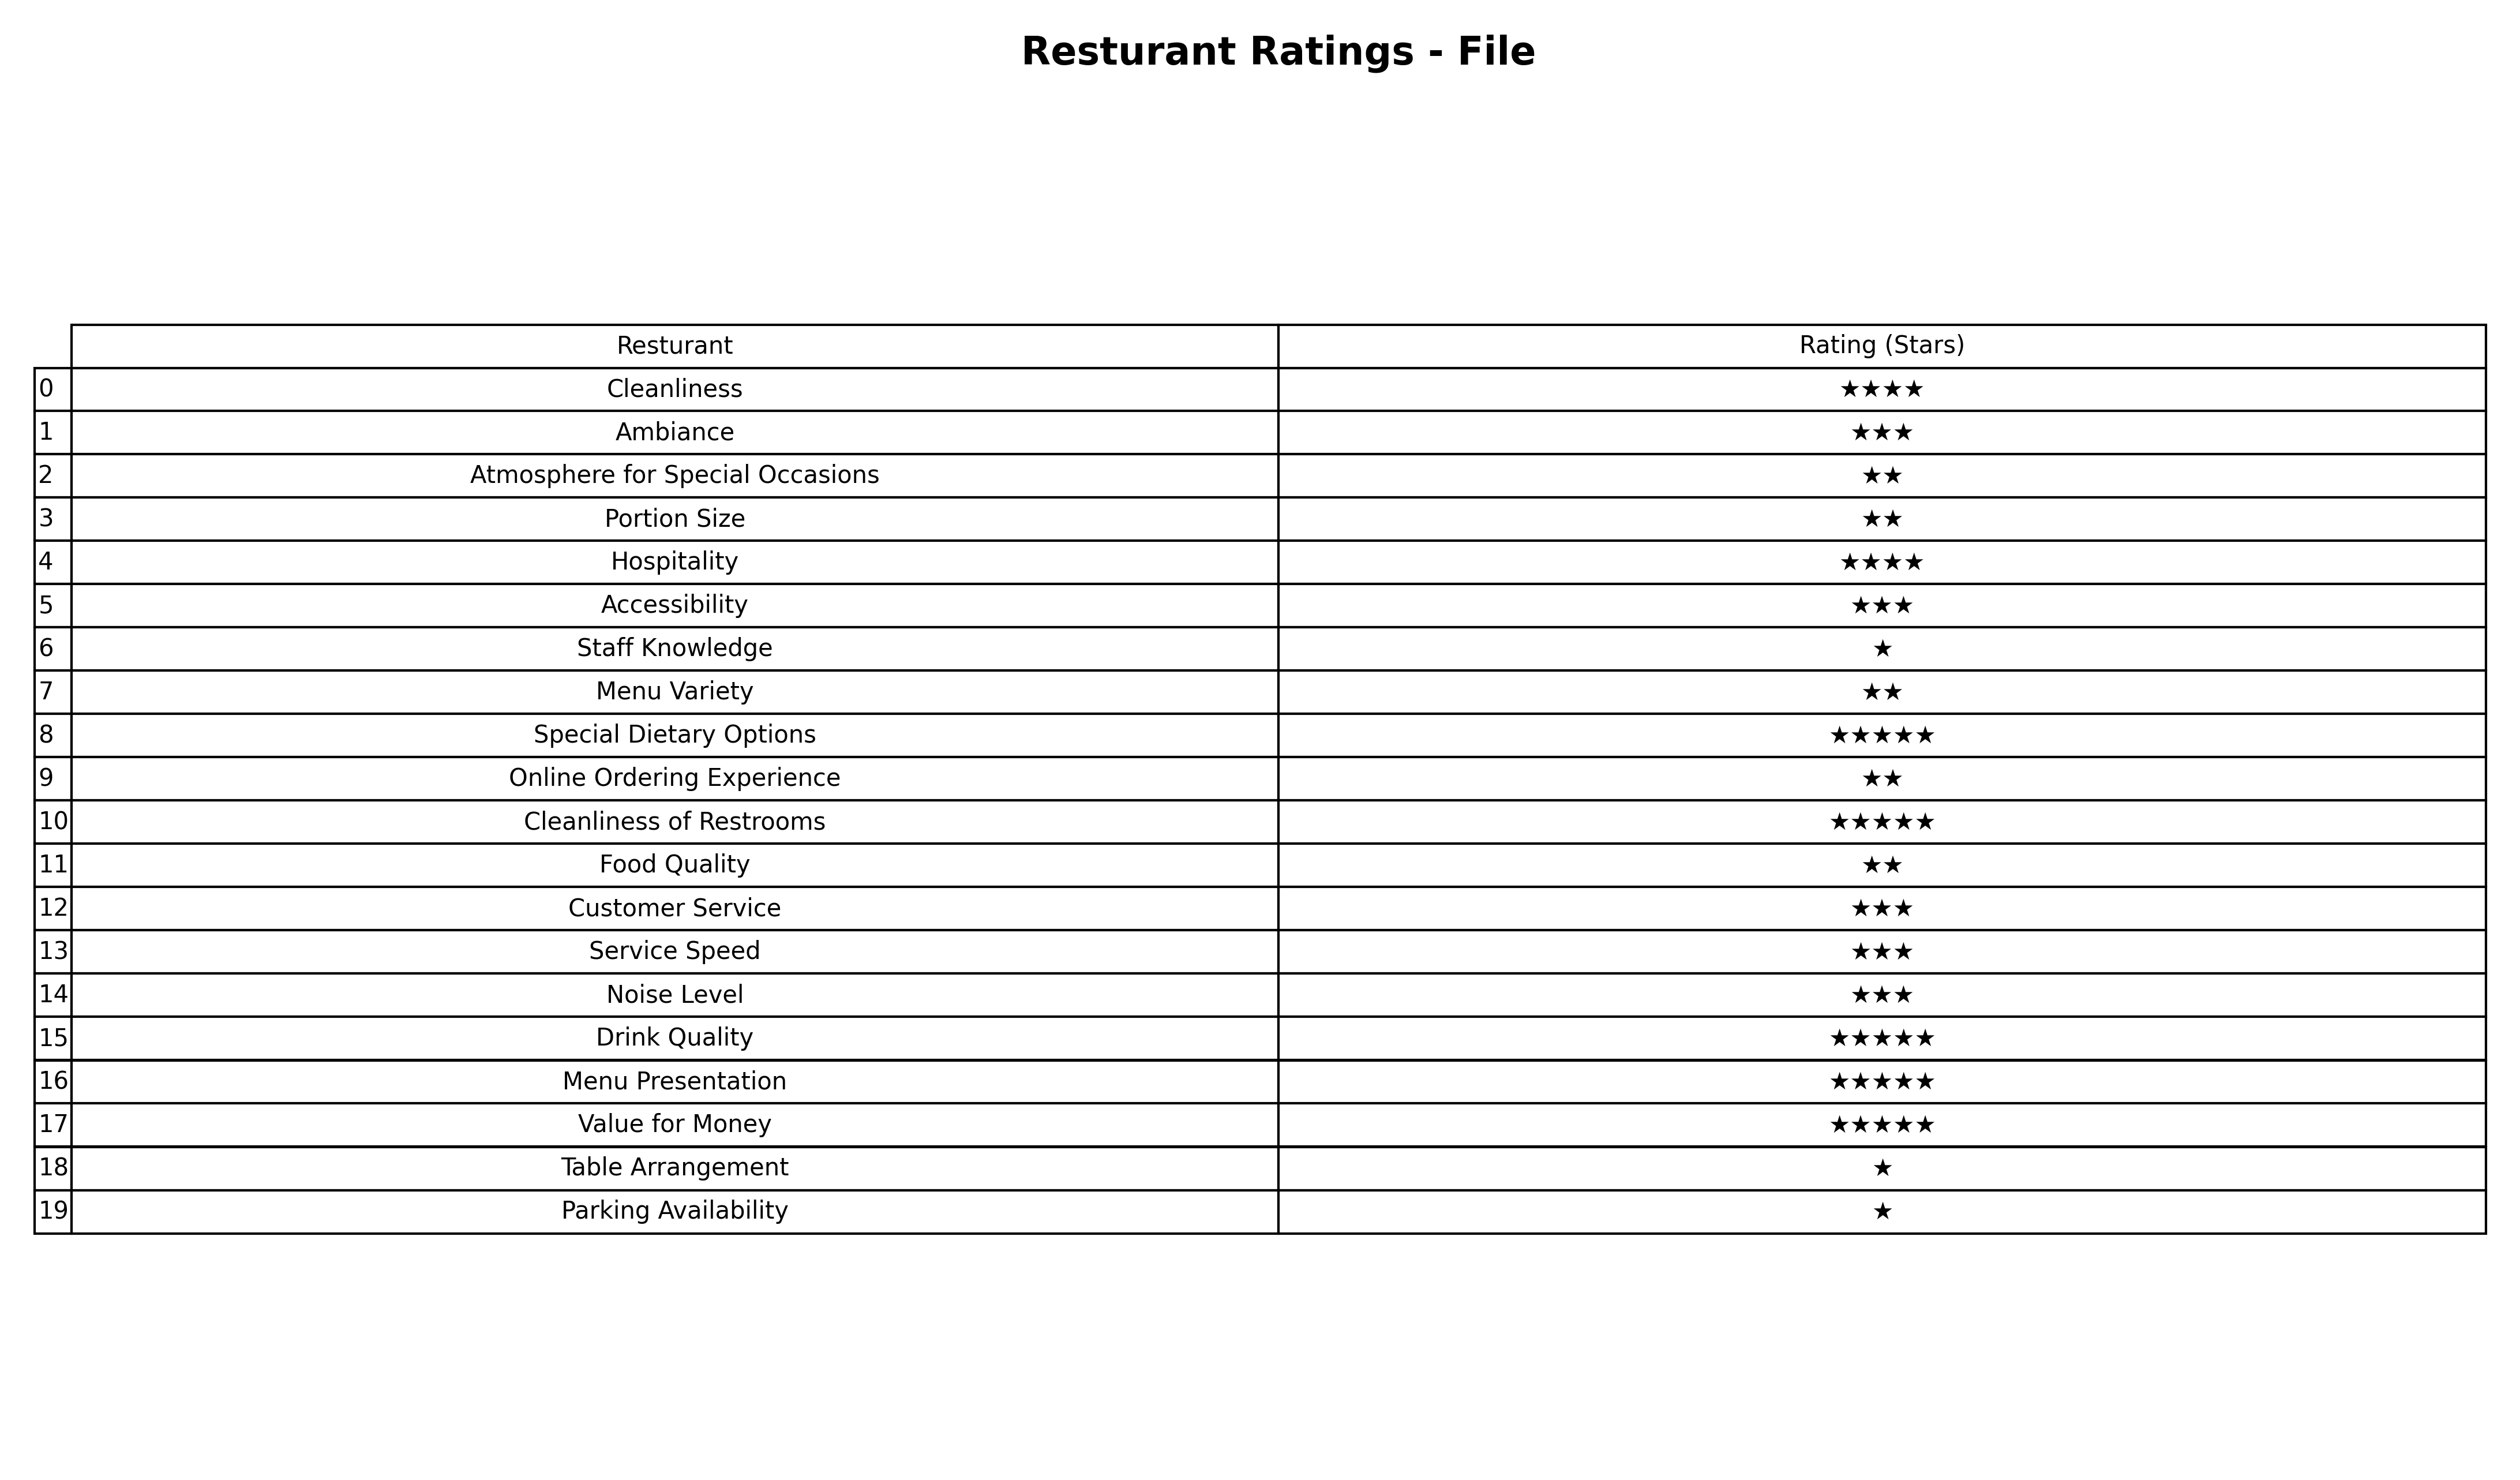
question: What are two star services?
answer: Atmosphere for Special OccasionsPortion SizeMenu VarietyOnline Ordering ExperienceFood Quality